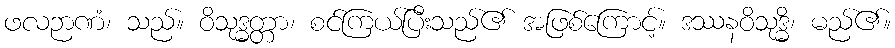
ဖလဉာဏံ၊ သည်။ ဝိသုဒ္ဓတ္တာ၊ စင်ကြယ်ပြီးသည်၏ အဖြစ်ကြောင့်။ ဒဿနဝိသုဒ္ဓိ၊ မည်၏။